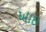
ખાઇ